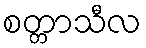
စတ္တာသီလ